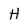
Character: H